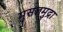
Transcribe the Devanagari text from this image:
मुसलमुद्रा